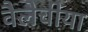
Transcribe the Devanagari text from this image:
वैलेचीया